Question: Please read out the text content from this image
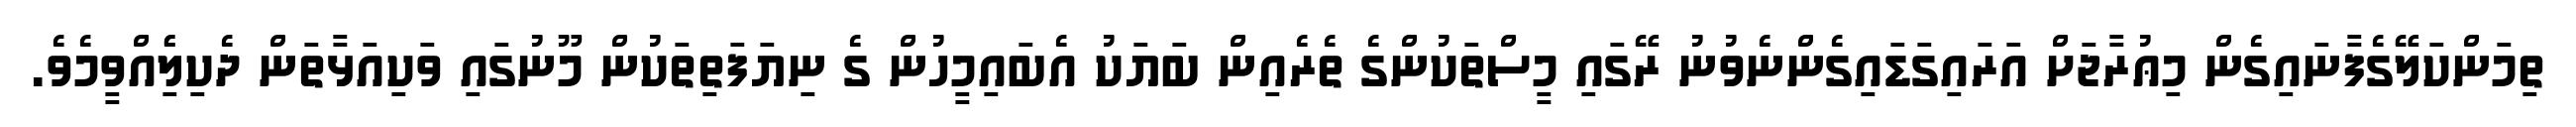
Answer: ތިމަންކަލޭގެފާނައިގެން މިޢުރާޖަށް އަރައިގަޑައިގެންނެވުނު ރޭގައި މީސްތަކުންގެ ތެރެއިން ބަޔަކު އެބައިމީހުން ގެ ނިޔަފަތިތަކުން މޫނުގައި ވަކިއަޅާތަން ދެކިލިެެއްވީމެވެ.